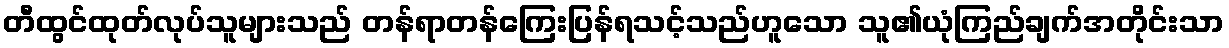
တီထွင်ထုတ်လုပ်သူများသည် တန်ရာတန်ကြေးပြန်ရသင့်သည်ဟူသော သူ၏ယုံကြည်ချက်အတိုင်းသာ